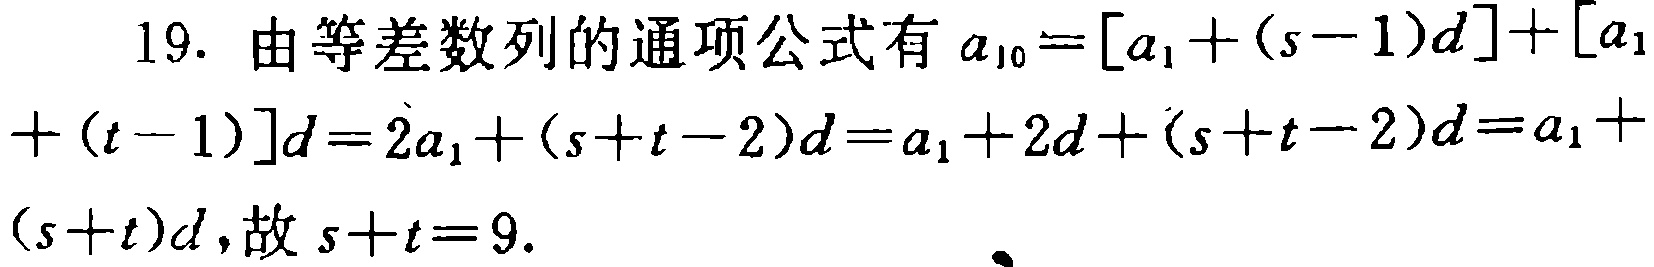
19. 由等差数列的通项公式有 \(a_{10}=[a_{1}+(s - 1)d]+[a_{1}+(t - 1)]d=2a_{1}+(s + t - 2)d=a_{1}+2d+(s + t - 2)d=a_{1}+(s + t)d\)，故 \(s + t = 9\).